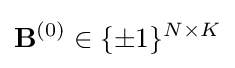
\mathbf {B} ^{(0)}\in \{\pm 1\}^{N\times K}